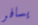
يسافر